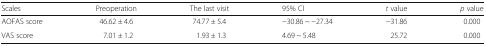
| Scales | Preoperation | The last visit | 95% CI | t value | p value |
 | --- | --- | --- | --- | --- | --- |
 | AOFAS score | 46.62 ± 4.6 | 74.77 ± 5.4 | −30.86 ~ −27.34 | −31.86 | 0.000 |
 | VAS score | 7.01 ± 1.2 | 1.93 ± 1.3 | 4.69 ~ 5.48 | 25.72 | 0.000 |